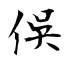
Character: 俁